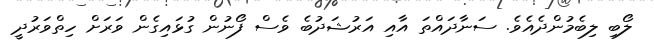
ލޯބި ލިބެމުންދެއެވެ. ސަނާދައްތަ އާއި އަރުޝަދުބެ ވެސް ފޯނުން ގުޅައިގެން ވަރަށް ހިތްވަރުދީ